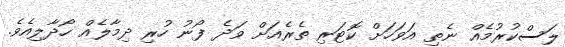
ލަސްކުރުމެއް ނެތި އަވަހަށް ކޮޓަރި ތެރެއަށް ވަދެ ފޯނު ހުރި ދިމާލެއް ހޯދާލިއެވެ.